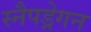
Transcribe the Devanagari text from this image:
स्नैपड्रेगन